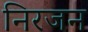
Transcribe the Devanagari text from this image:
निरजन